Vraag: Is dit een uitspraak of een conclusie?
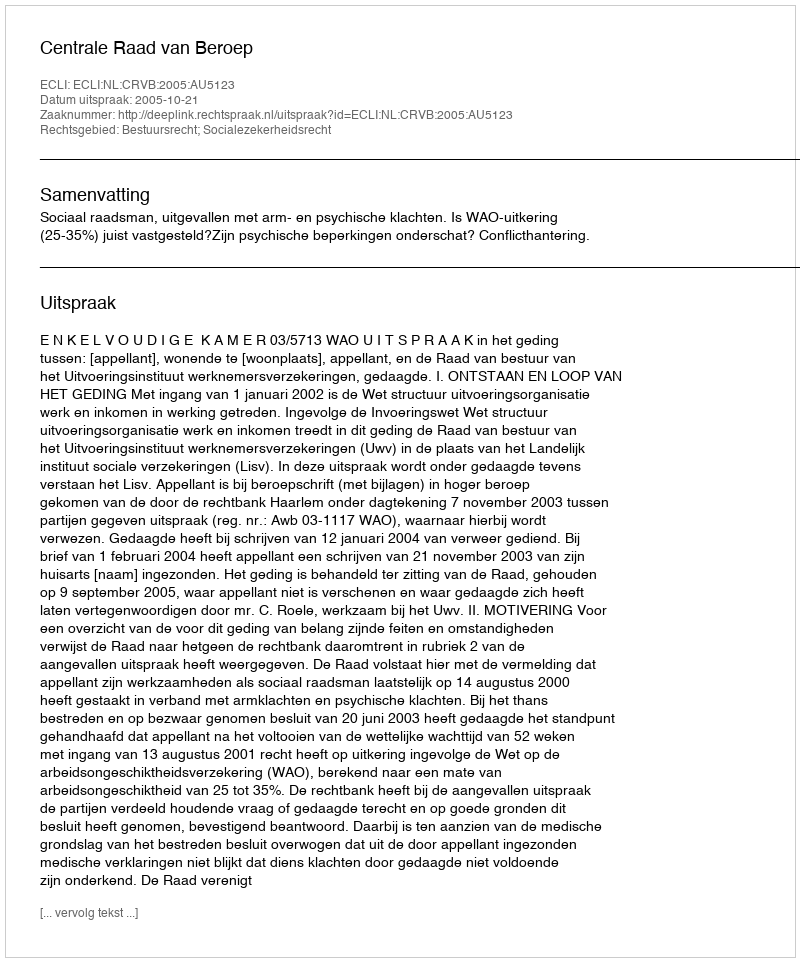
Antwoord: Uitspraak